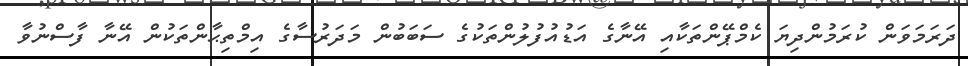
ދަރަމަވަން ކުރަމުންދިޔަ ކެމްޕޭންތަކާއި އޭނާގެ އަޑުއުފުލުންތަކުގެ ސަބަބުން މަދަރުސާގެ އިމްތިޙާންތަކުން އޭނާ ފާސްނުވާ